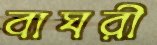
বাঘরী